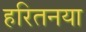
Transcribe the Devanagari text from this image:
हरितनया